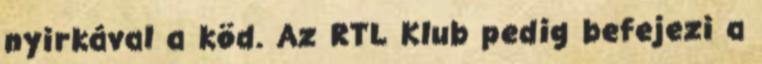
nyirkával a köd. Az RTL Klub pedig befejezi a